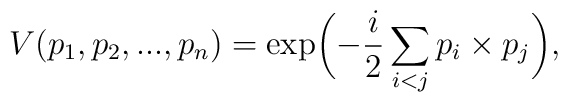
V(p_1,p_2,...,p_n)=\exp\biggl(-\frac{i}{2}\sum_{i<j}p_i\times p_j\biggr),